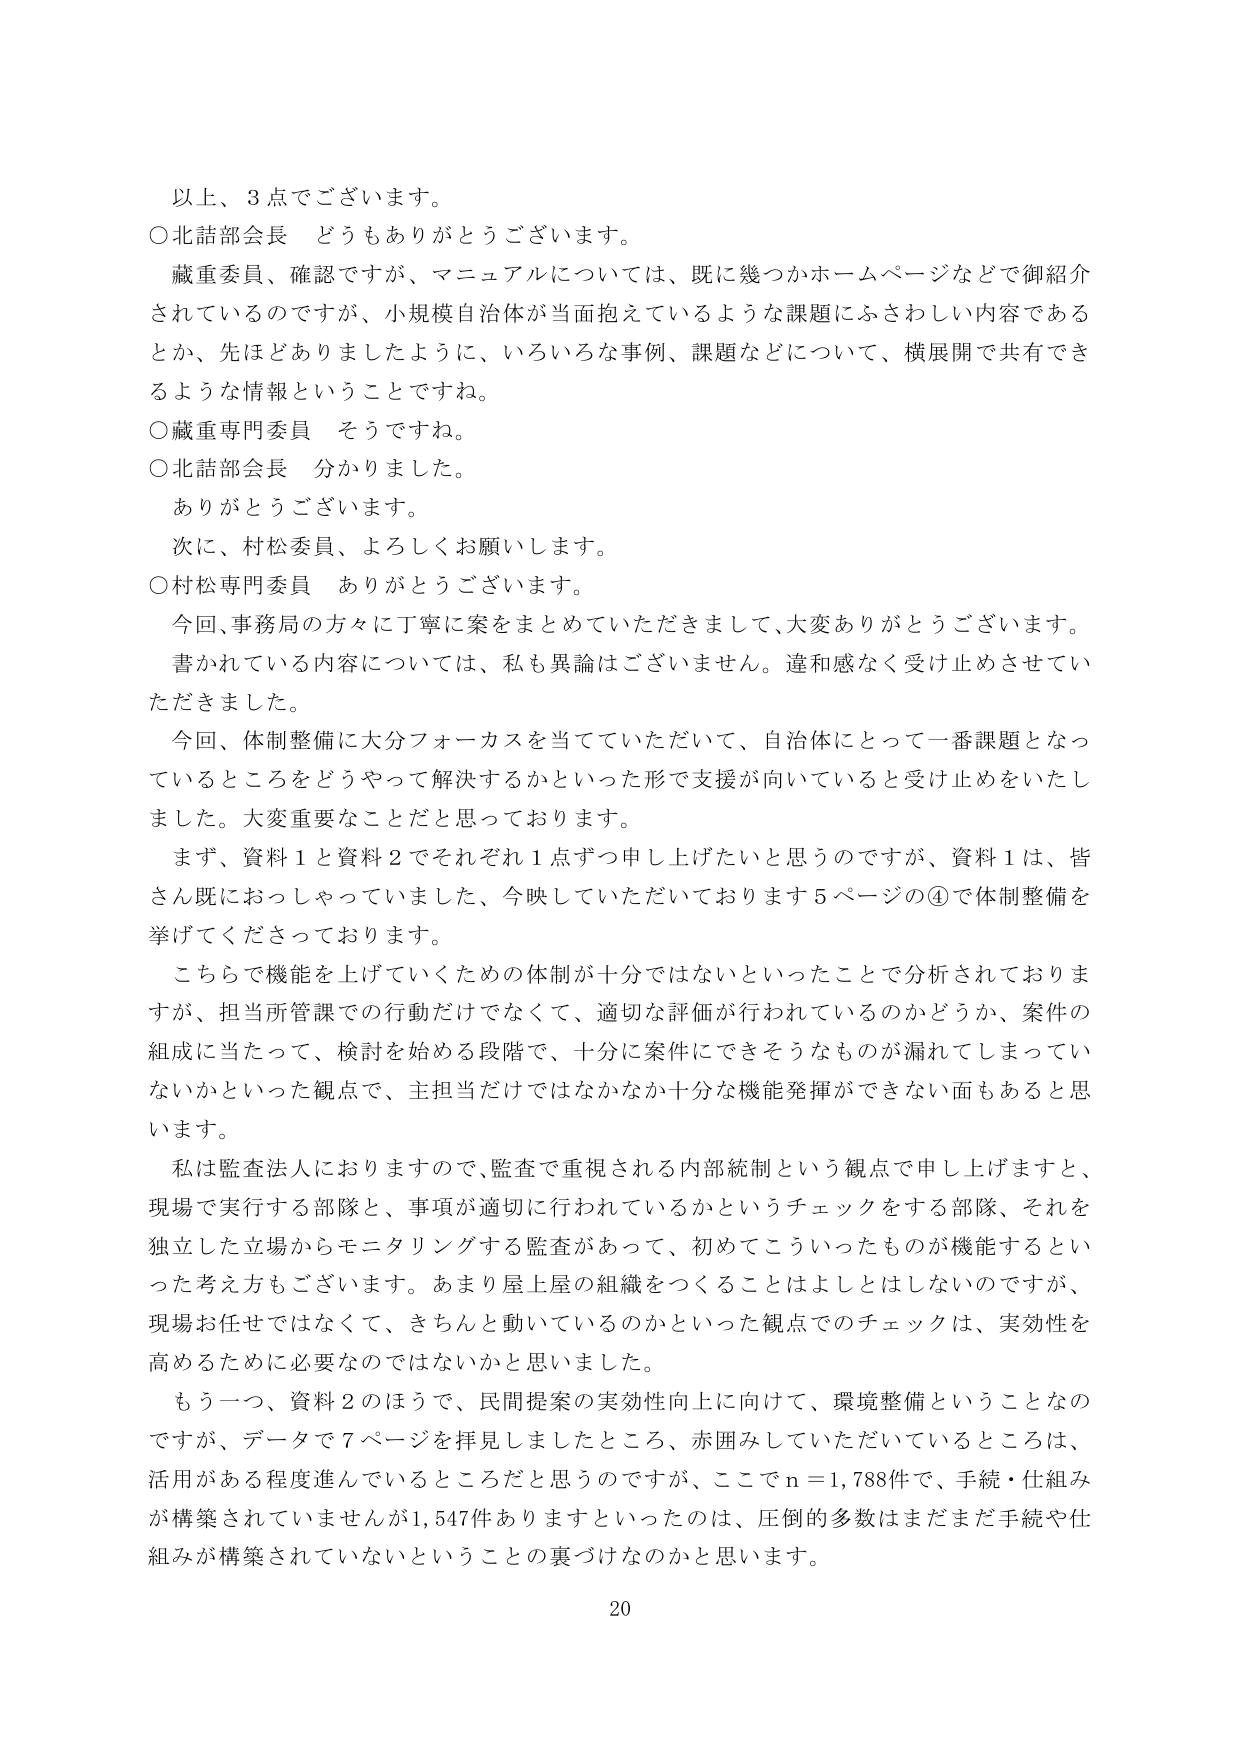
以上、3点でございます。
○北詰部会長 どうもありがとうございます。
　蔵重委員、確認ですが、マニュアルについては、既に幾つかホームページなどで御紹介されているのですが、小規模自治体が当面抱えているような課題にふさわしい内容であるとか、先ほどありましたように、いろいろな事例、課題などについて、横展開で共有できるような情報ということですね。
○蔵重専門委員 そうです呢。
○北詰部会長 分かりました。
　ありがとうございます。
　次に、村松委員、よろしくお願いします。
○村松専門委員 ありがとうございます。
　今回、事務局の方々に丁寧に案をまとめていただきまして、大変ありがとうございます。
　書かれている内容については、私も異論はございません。違和感なく受け止めさせていただきました。
　今回、体制整備に大分フォーカスを当てていただいて、自治体にとって一番課題となっているところをどうやって解決するかといった形で支援が向いていると受け止めをいたしました。大変重要なことだと思っております。
　まず、資料1と資料2でそれぞれ1点ずつ申し上げたいと思うのですが、資料1は、皆さん既におっしゃっていました、今映していただいております5ページの④で体制整備を挙げてくださっております。
　こちらで機能を上げていくための体制が十分ではないといったことで分析されておりますが、担当所管課での行動だけでなく、適切な評価が行われているのかどうか、案件の組成に当たって、検討を始める段階で、十分に案件にできそうなものが漏れてしまっていないかといった観点で、主担当だけではなかなか十分な機能発揮ができない面もあると思います。
　私は監査法人におりますので、監査で重視される内部統制という観点で申し上げますと、現場で実行する部隊と、事項が適切に行われているかというチェックをする部隊、それを独立した立場からモニタリングする監査があって、初めてこういったものが機能するといった考え方もございます。あまり屋上屋の組織をつくることはよしとはしないのですが、現場お任せではなくて、きちんと動いているのかといった観点でのチェックは、実効性を高めるために必要なのではないかと思いました。
　もう一つ、資料2のほうで、民間提案の実効性向上に向けて、環境整備ということなのですが、データで7ページを拝見しましたところ、赤囲みしていただいているところは、活用がある程度進んでいるところだと思うのですが、ここでn＝1,788件で、手続・仕組みが構築されていませんが1,547件ありますといったのは、圧倒的多数はまだまだ手続や仕組みが構築されていないということの裏づけなのかと思います。
20